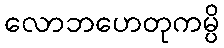
လောဘဟေတုကမ္ပိ